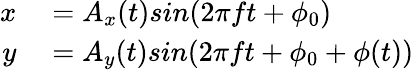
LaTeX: \begin{array}{rl}{x}&{{}=A_{x}(t)sin(2\pi ft+\phi_{0})}\\ {y}&{{}=A_{y}(t)sin(2\pi ft+\phi_{0}+\phi(t))}\end{array}